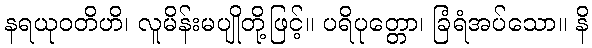
နရယုဝတိဟိ၊ လူမိန်းမပျိုတို့ဖြင့်။ ပရိပုတ္တော၊ ခြံရံအပ်သော။ နိ